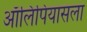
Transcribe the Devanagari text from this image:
ऑलिंपियासला